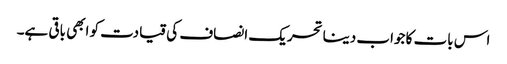
اس بات کا جواب دینا تحریک انصاف کی قیادت کو ابھی باقی ہے۔